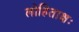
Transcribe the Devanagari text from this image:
लोहिताक्षः